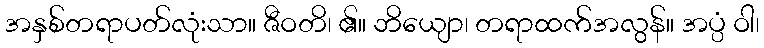
အနှစ်တရာပတ်လုံးသာ။ ဇီဝတိ၊ ၏။ ဘိယျော၊ တရာထက်အလွန်။ အပ္ပံ ဝါ၊